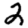
Digit: 2